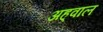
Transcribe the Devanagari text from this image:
अह्‌वाल